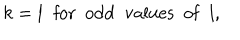
LaTeX: k = l \; \; \mathrm { f o r ~ o d d ~ v a l u e s ~ o f } \; \; l ,